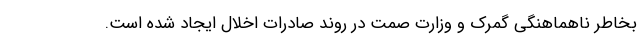
بخاطر ناهماهنگی گمرک و وزارت صمت در روند صادرات اخلال ایجاد شده است.